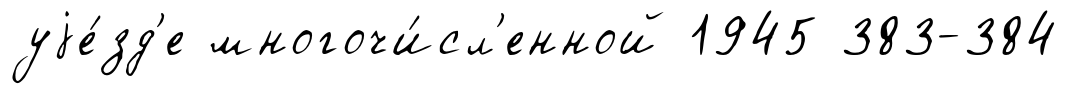
уjе́зд'е многочи́сл'енной 1945 383-384